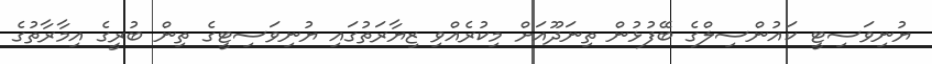
ޔުނިވަސިޓީ ކައުންސިލްގެ ބޭފުޅުން ތިނަދޫއަށް މިކުރެއްވި ޒިޔާރަތުގައި ޔުނިވަސިޓީގެ ތިން ބުރީގެ އިމާރާތުގެ